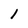
Character: 1